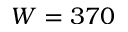
W = 3 7 0